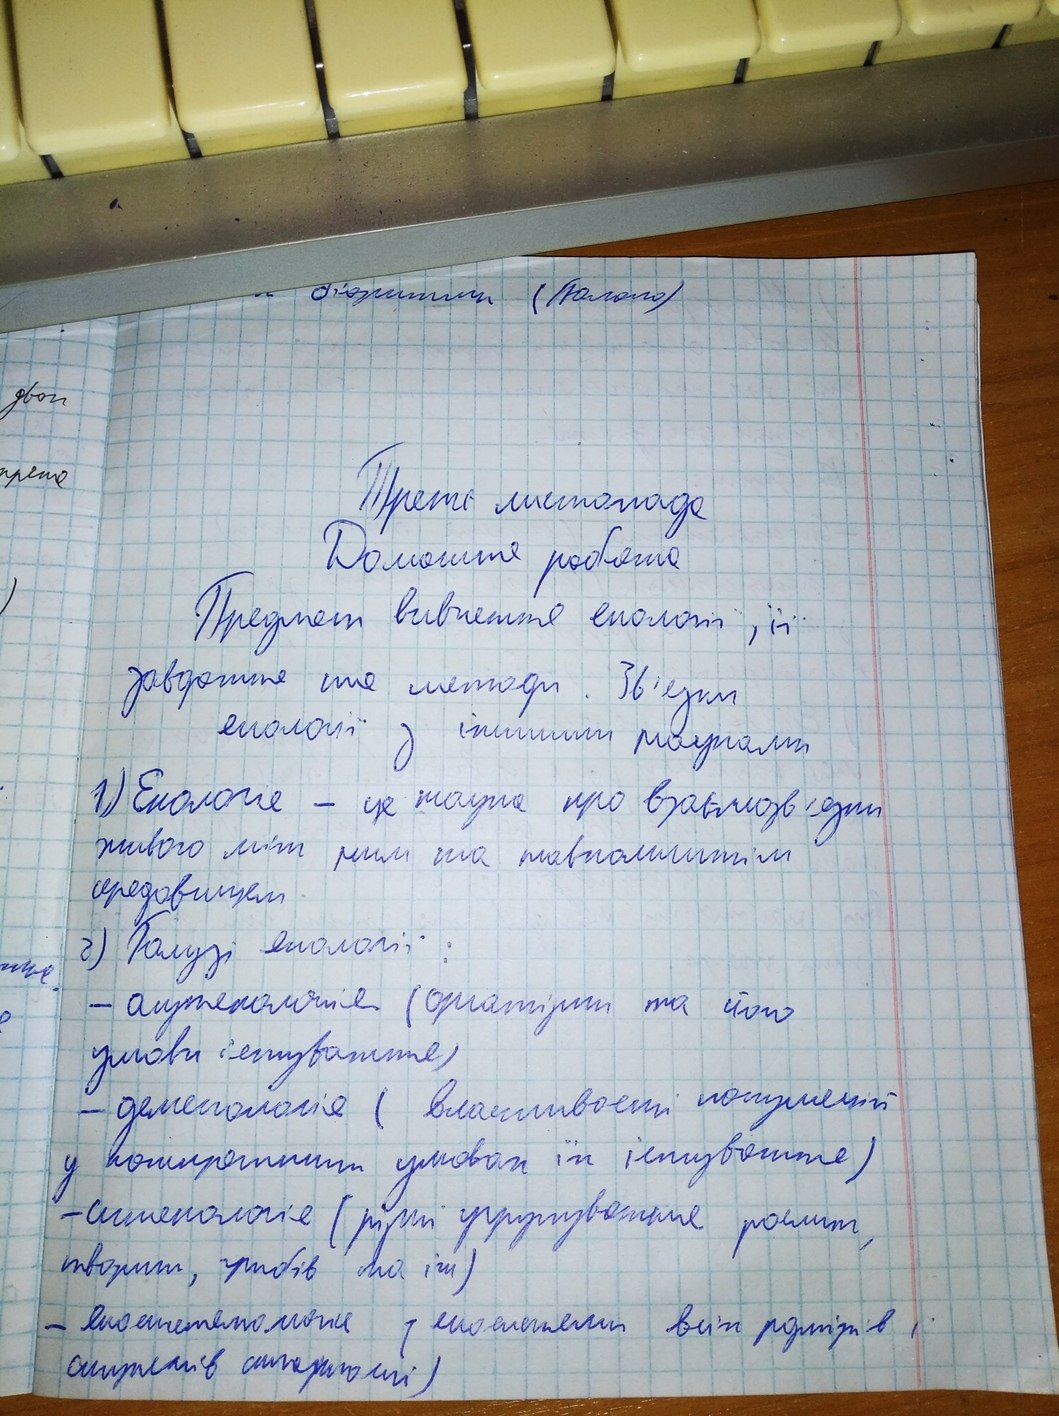
двох
Третє листопада
Домашня робота
Предмет вивчення екології , її
завдання та методи. Зв'язки
екології з іншими науками
1) Екологія - це наука про взаємозв'язки
живого між ним та навколишнім
середовищем
г) Галузі екології:
- аутекологія (організми та його
умови існування)
- деменологія (властивості популяцій
у конкретних умовах їх існування)
- синекологія (різні угрупування рослин,
тварин, грибів та ін)
- екосистемологія (екосистеми всіх розмірів і